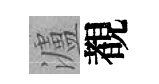
瀘覩